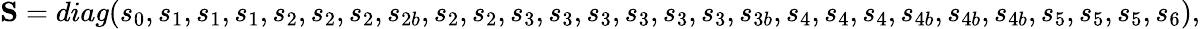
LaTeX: {\mathbf{S}}=diag({s_{0}},{s_{1}},{s_{1}},{s_{1}},{s_{2}},{s_{2}},{s_{2}},{s_{2b}},{s_{2}},{s_{2}},{s_{3}},{s_{3}},{s_{3}},{s_{3}},{s_{3}},{s_{3}},{s_{3b}},{s_{4}},{s_{4}},{s_{4}},{s_{4b}},{s_{4b}},{s_{4b}},{s_{5}},{s_{5}},{s_{5}},{s_{6}}),